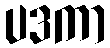
ပဒကာ